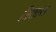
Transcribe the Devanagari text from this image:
त्रितारा